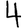
Digit: 4